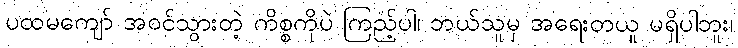
ပထမကျော် အဝင်သွားတဲ့ ကိစ္စကိုပဲ ကြည့်ပါ၊ ဘယ်သူမှ အရေးတယူ မရှိပါဘူး၊